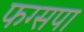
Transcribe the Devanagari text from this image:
फग्सपा